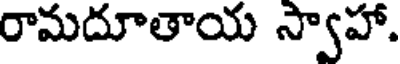
రామదూతాయ స్వాహా.